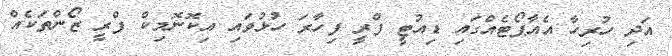
އަދި ހުރިހާ އެއާޕޯޓެއްގައި ޑިއުޓީ ފްރީ ފިހާރަ ހުޅުވައި އިކޮނޮމިކް ފްރީ ޒޯންތަކެއް